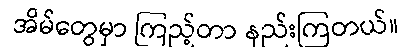
အိမ်တွေမှာ ကြည့်တာ နည်းကြတယ်။